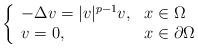
LaTeX: \begin{align*}\left\{\begin{array}{ll}-\Delta v=|v|^{p-1}v,& x\in\Omega\\v=0,& x\in\partial\Omega\end{array}\right.\end{align*}